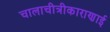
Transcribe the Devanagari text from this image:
चालाचीत्रीकाराणाई